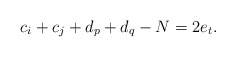
\begin{align*}c_i+c_j+d_p+d_q-N=2e_t.\end{align*}